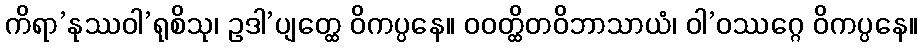
ကိရာ’နုဿဝါ’ရုစိသု၊ ဥဒါ’ပျတ္ထေ ဝိကပ္ပနေ။ ဝဝတ္ထိတဝိဘာသာယံ၊ ဝါ’ဝဿဂ္ဂေ ဝိကပ္ပနေ။